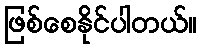
ဖြစ်စေနိုင်ပါတယ်။